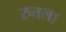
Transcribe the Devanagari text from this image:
रुतला